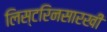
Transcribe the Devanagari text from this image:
लिस्टरिनसारखी